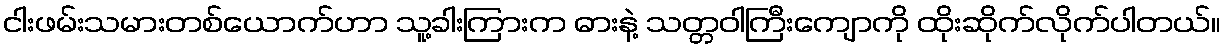
ငါးဖမ်းသမားတစ်ယောက်ဟာ သူ့ခါးကြားက ဓားနဲ့ သတ္တဝါကြီးကျောကို ထိုးဆိုက်လိုက်ပါတယ်။